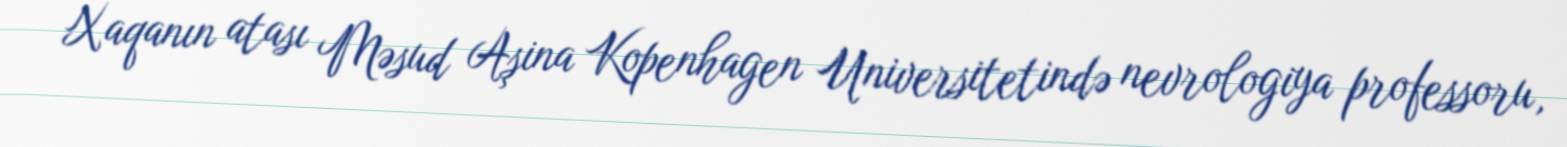
Xaqanın atası Məsud Aşina Kopenhagen Universitetində nevrologiya professoru,